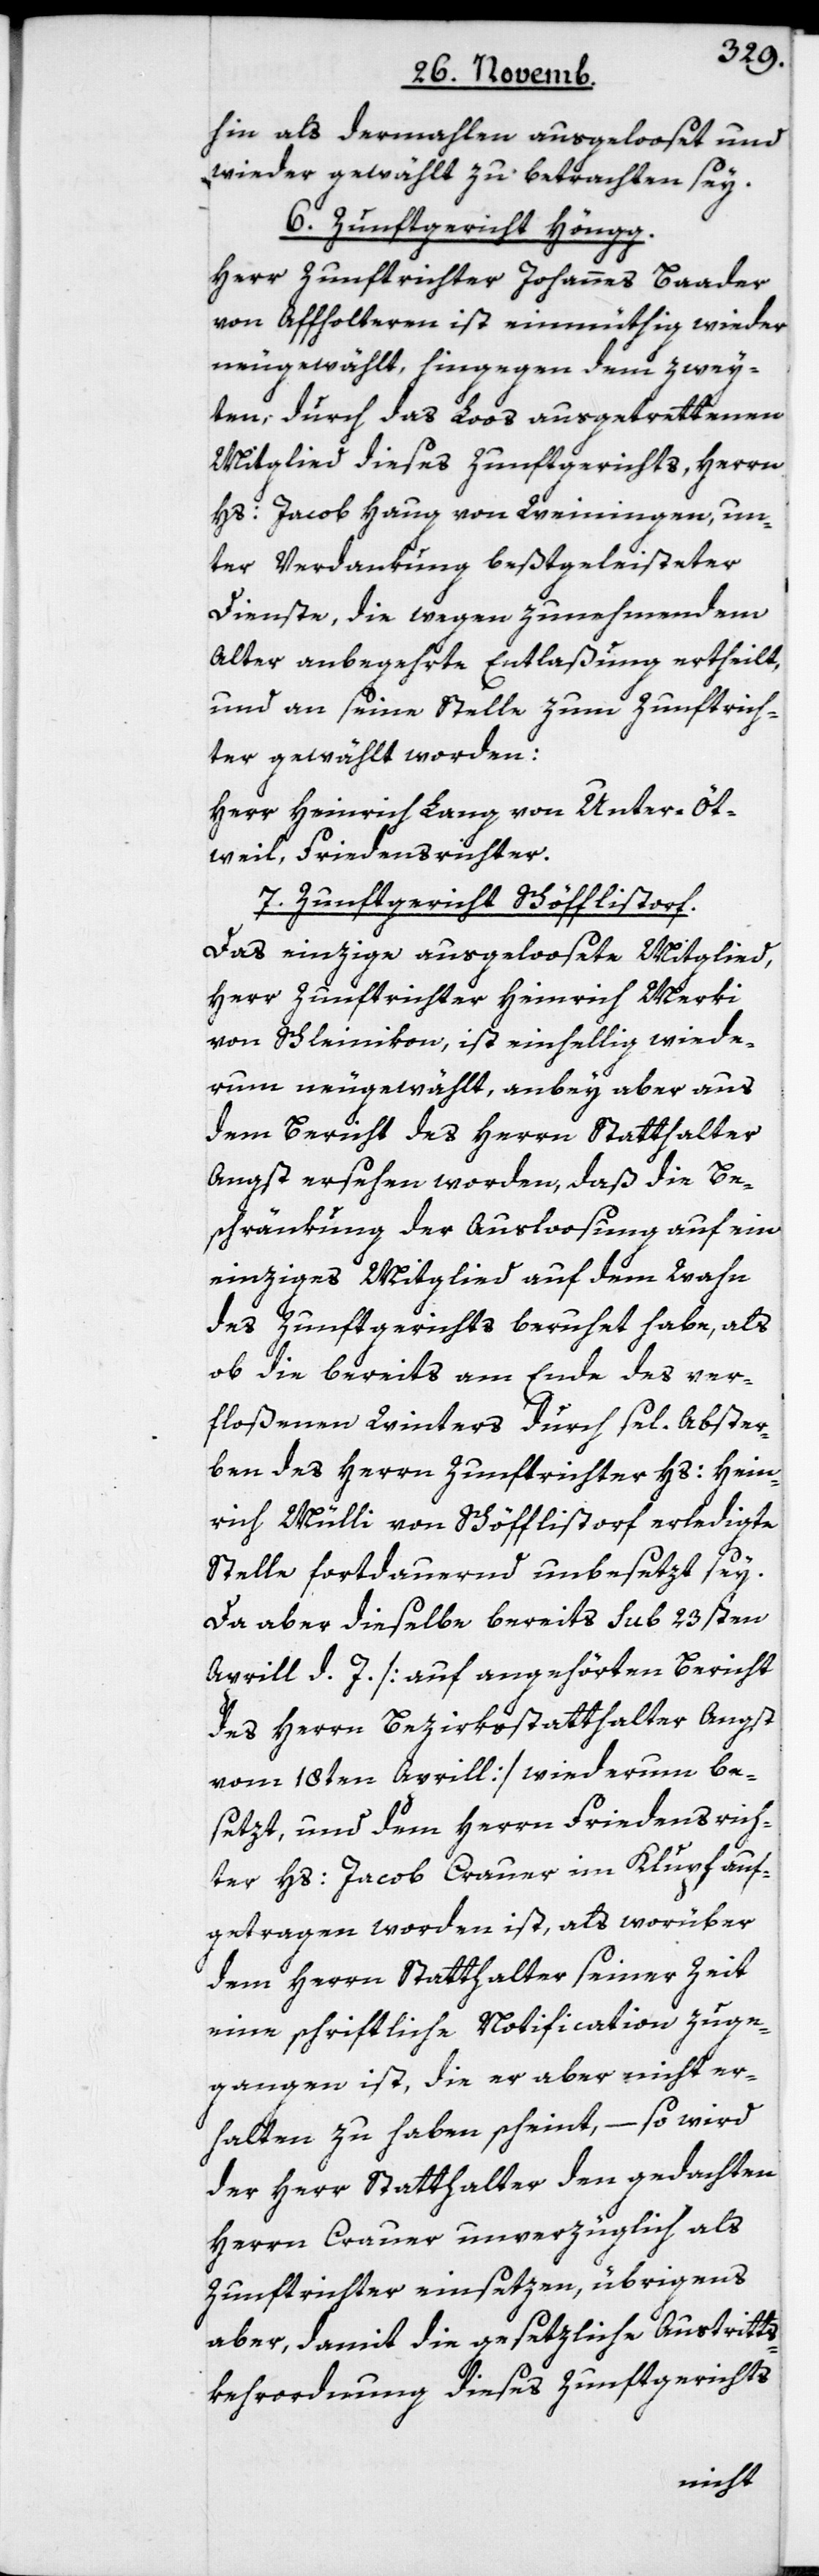
hin als dermahlen ausgelooset und
wieder gewählt zu betrachten sey.
6. Zunftgericht Höngg.
Herr Zunftrichter Johannes Baader
von Affholtern ist einmüthig wieder
neugewählt, hingegen dem zwey¬
ten, durch das Loos ausgetrettenen
Mitglied dieses Zunftgerichts, Herrn
Hs. Jacob Haug von Weiningen, un¬
ter Verdankung beßtgeleisteter
Dienste, die wegen zunehmendem
Alter anbegehrte Entlaßung ertheilt,
und an seine Stelle zum Zunftrich¬
ter gewählt worden:
Herr Heinrich Lang von Unter-Öt¬
weil, Friedensrichter.
7. Zunftgericht Schöfflistorf.
Das einzige ausgeloosete Mitglied,
Herr Zunftrichter Heinrich Merki
von Schleinikon, ist einhellig wiede¬
rum neugewählt, anbey aber aus
dem Bericht des Herrn Statthalter
Angst ersehen worden, daß die Be¬
schränkung der Ausloosung auf ein
einziges Mitglied auf dem Wahn
des Zunftgerichts beruhet habe, als
ob die bereits am Ende des ver¬
floßenen Winters durch sel. Abster¬
ben des Herrn Zunftrichter Hs. Hein¬
rich Mülli von Schöfflistorf erledigte
Stelle fortdauernd unbesetzt sey.
Da aber dieselbe bereits sub 23sten
Aprill d. J. [auf angehörten Bericht
des Herrn Bezirksstatthalter Angst
vom 18ten Aprill] wiederum be¬
setzt, und dem Herrn Friedenrich¬
ter Hs. Jacob Crauer im Klupf auf¬
getragen worden ist, als worüber
dem Herrn Statthalter seiner Zeit
eine schriftliche Notification zuge¬
gangen ist, die er aber nicht er¬
halten zu haben scheint, – so wird
der Herr Statthalter den gedachten
Herrn Crauer unverzüglich als
Zunftrichter einsetzen, übrigens
aber, damit die gesetzliche Austritts¬
kehrordnung dieses Zunftgerichts